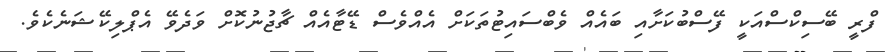
ފްރީ ބޭސިކްސްއަކީ ފޭސްބުކަށާއި ބައެއް ވެބްސައިޓުތަަކަށް އެއްވެސް ޑޭޓާއެއް ޗާޖުނުކޮށް ވަދެވޭ އެޕްލިކޭޝަނެކެވެ.